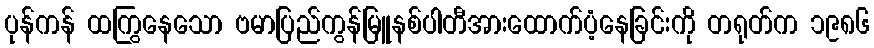
ပုန်ကန် ထကြွနေသော ဗမာပြည်ကွန်မြူနစ်ပါတီအားထောက်ပံ့နေခြင်းကို တရုတ်က ၁၉၈၆